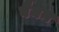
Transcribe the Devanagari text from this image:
वैयन